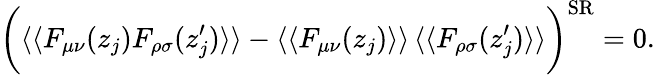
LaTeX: \bigg(\langle\langle F_{\mu\nu}(z_{j})F_{\rho\sigma}(z_{j}^{\prime})\rangle\rangle-\langle\langle F_{\mu\nu}(z_{j})\rangle\rangle\, \langle\langle F_{\rho\sigma}(z_{j}^{\prime})\rangle\rangle\bigg)^{\mathrm{SR}}=0.